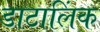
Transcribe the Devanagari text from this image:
डाटालिंक